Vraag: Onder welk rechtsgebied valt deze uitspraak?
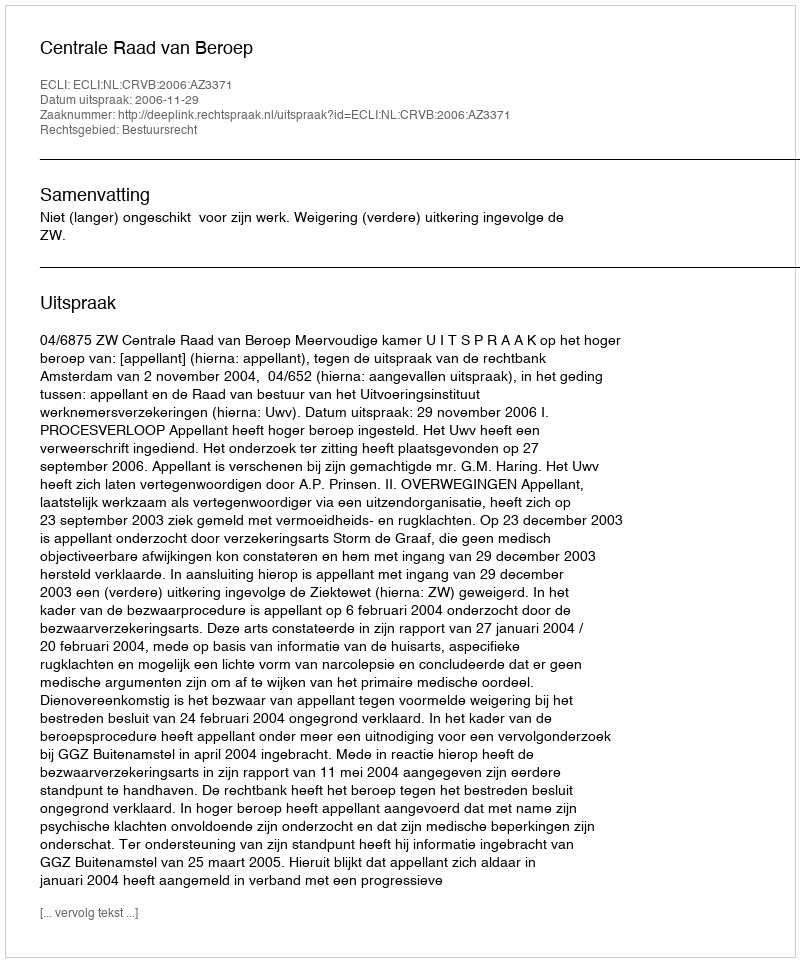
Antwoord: Bestuursrecht